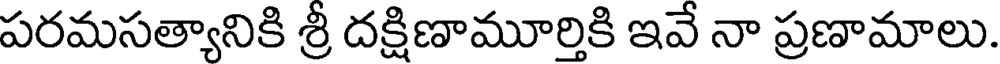
పరమసత్యానికి శ్రీ దక్షిణామూర్తికి ఇవే నా ప్రణామాలు.